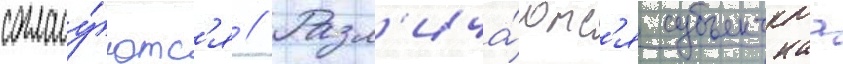
согласу́ютс'я // Разл'ича́ютс'я субъектнаа